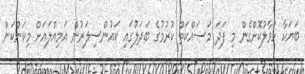
ބަޔަކާ ހަވާލުކޮށްގެން މި ފަދަ މަސައްކަތް ކުރުމުގެ ބަދަލުގައި ކައުންސިލަރުން އަމިއްލައަށް މިކަންކަން